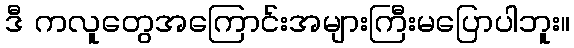
ဒီ ကလူတွေအကြောင်းအများကြီးမပြောပါဘူး။